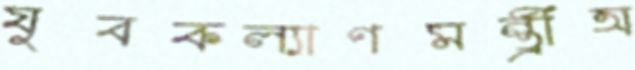
যুবকল্যাণমন্ত্রীঅ